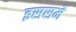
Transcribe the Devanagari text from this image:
इससमे